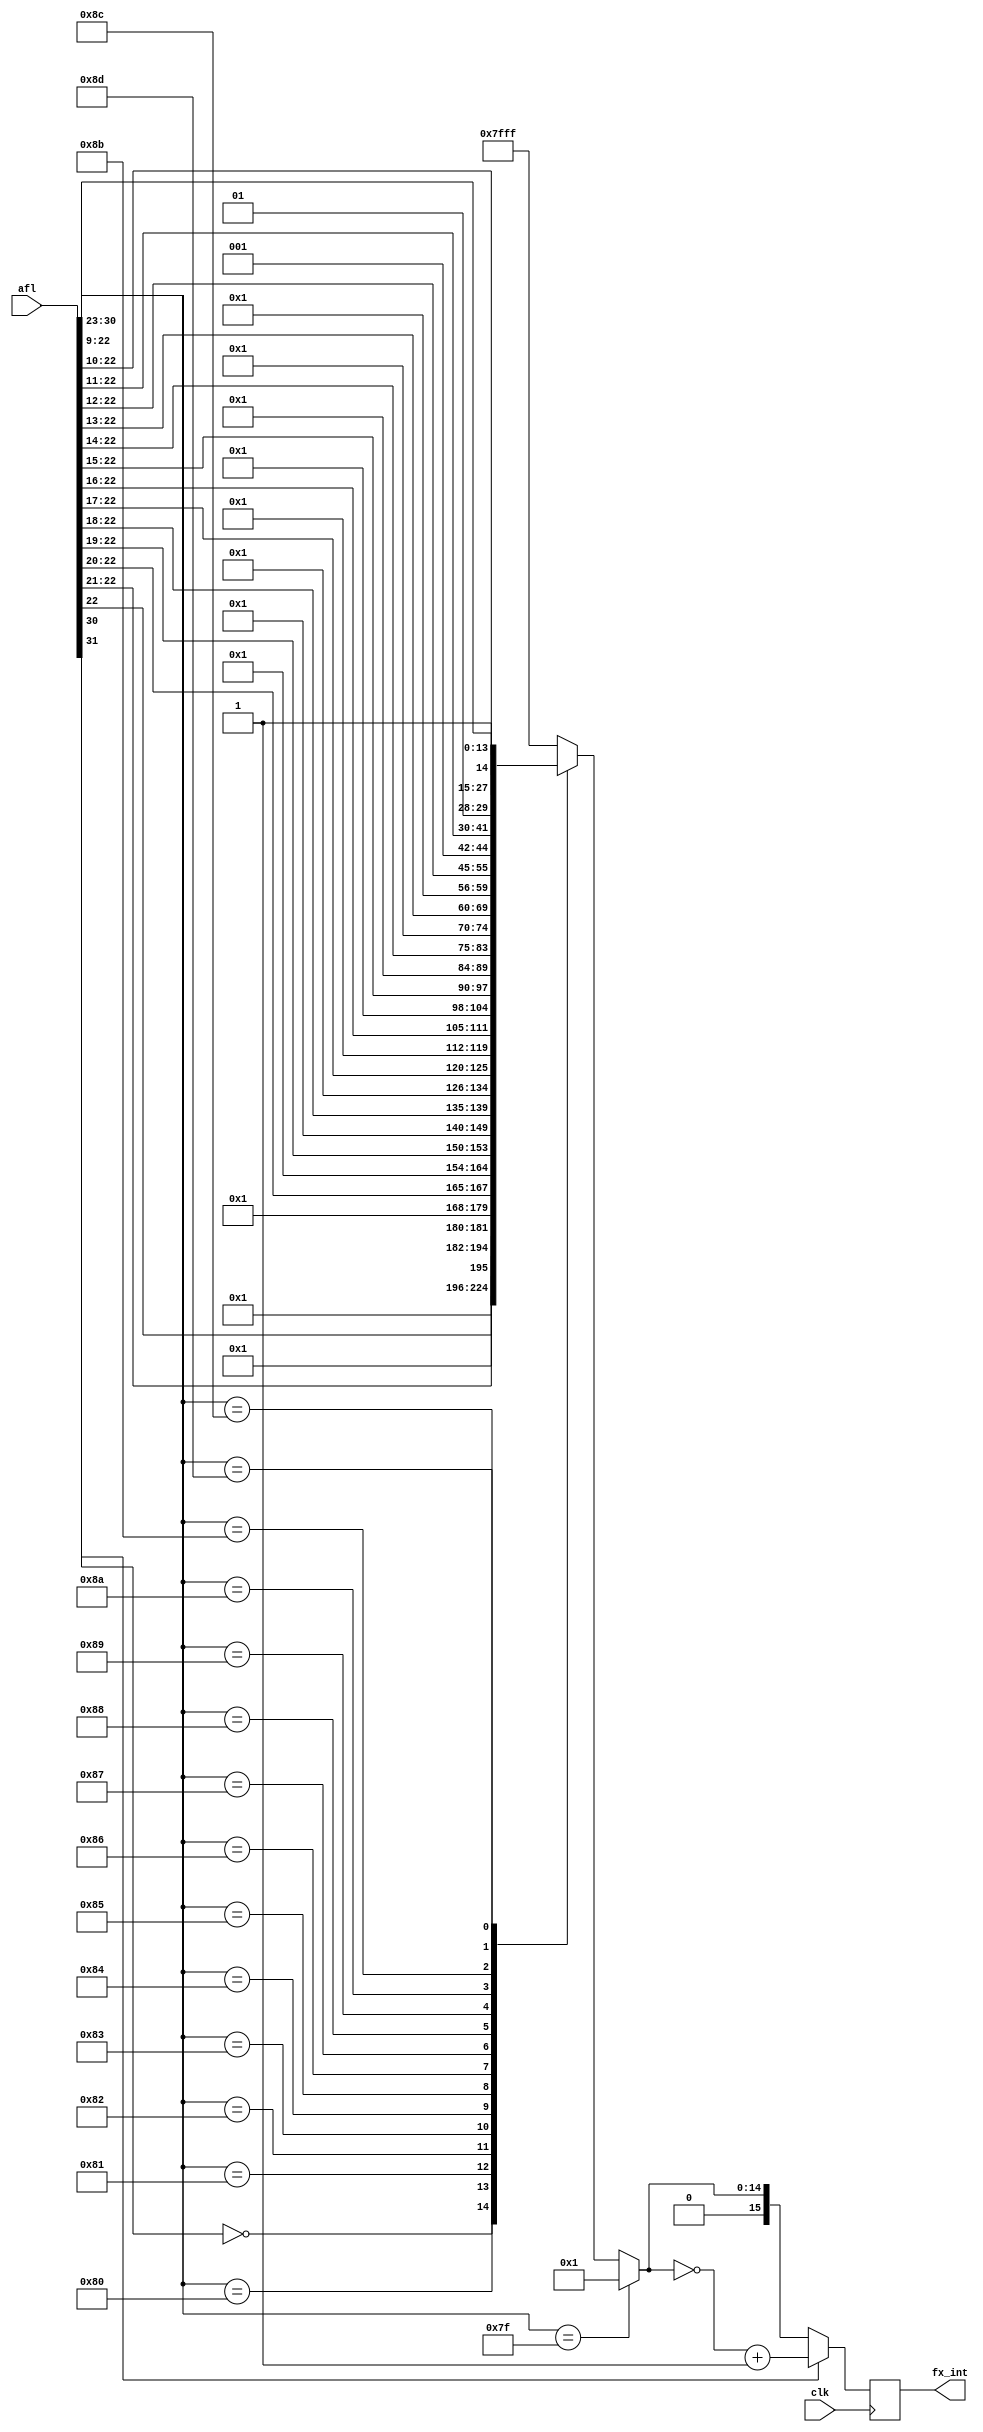
module flt2int
  (
   input 	     clk,
   input [31:0]      afl,
   output reg [15:0] fx_int
   );

  reg [14:0] 	     int_out;

  always @* begin
    if(afl[30:23] == 8'h7f) int_out = 16'h1;		// 1
    else begin
      casex(afl[30:23])
	8'b0xxx_xxxx: int_out = 15'h0;			// 0
	8'b1000_0000: int_out = {14'h1, afl[22]};	// 2 - 3
	8'b1000_0001: int_out = {13'h1, afl[22:21]};	// 4 - 7
	8'b1000_0010: int_out = {12'h1, afl[22:20]};	// 8 - 15
	8'b1000_0011: int_out = {11'h1, afl[22:19]};	// 16 - 31
	8'b1000_0100: int_out = {10'h1, afl[22:18]};	// 32 - 63
	8'b1000_0101: int_out =  {9'h1, afl[22:17]};	// 64 - 127
	8'b1000_0110: int_out =  {8'h1, afl[22:16]};	// 128 - 255
	8'b1000_0111: int_out =  {7'h1, afl[22:15]};	// 256 - 511
	8'b1000_1000: int_out =  {6'h1, afl[22:14]};	// 512 - 1023
	8'b1000_1001: int_out =  {5'h1, afl[22:13]};	// 1024 - 2047
	8'b1000_1010: int_out =  {4'h1, afl[22:12]};	// 2048 - 4095
	8'b1000_1011: int_out =  {3'h1, afl[22:11]};	// 4096 - 8191
	8'b1000_1100: int_out =  {2'h1, afl[22:10]};	// 8192 - 16383
	8'b1000_1101: int_out =  {1'h1, afl[22: 9]};	// 16384 - 32767
	default:      int_out = 15'h7fff;		// Overflow
      endcase
    end
  end
  
  
  always @(posedge clk) begin
    if(afl[31]) fx_int <= ~int_out + 16'h1;
    else        fx_int <=  {1'b0, int_out};
  end
  
endmodule